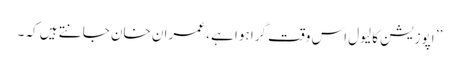
’’ اپوزیشن کا لیول اس وقت گرا ہوا ہے ، عمران خان جانتے ہیں کہ ۔